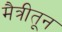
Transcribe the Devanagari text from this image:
मैत्रीतून